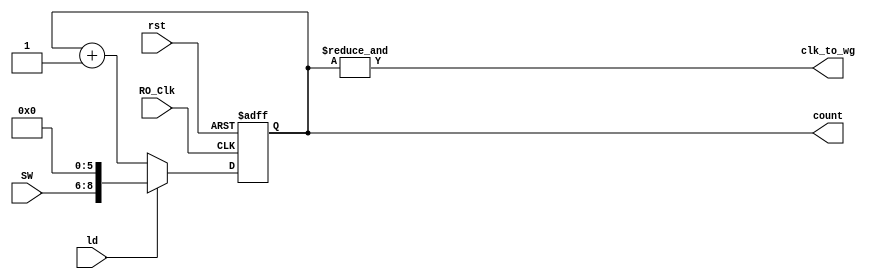
module Frequency_Selector(RO_Clk,rst, ld, SW, clk_to_wg, count);
  input RO_Clk, rst,ld;
  input [2:0] SW;
  wire [5:0] Fixed_value;
  output clk_to_wg;
  
  output reg [8:0] count;
  
  
  assign Fixed_value = 6'b0;
  always@(posedge RO_Clk, posedge rst)
  begin
    if(rst)
      count <= 9'b0;
    else if(ld)
        count <= {SW,Fixed_value};
    else
      count <= count + 1'b1;
  end
  
  //CO
  assign clk_to_wg = &{count};
endmodule